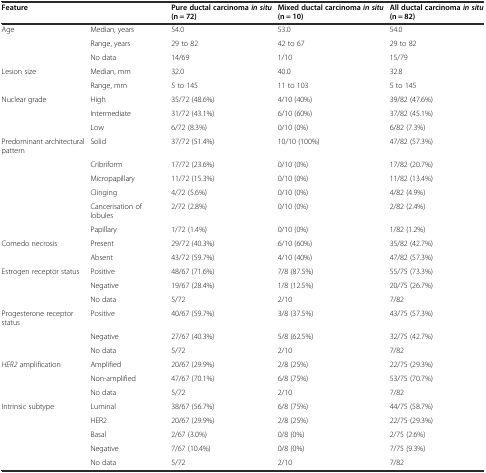
<table><thead><tr><td colspan="2"><b>Feature</b></td><td><b>Pure ductal carcinoma<i>in situ</i>(n = 72)</b></td><td><b>Mixed ductal carcinoma<i>in situ</i>(n = 10)</b></td><td><b>All ductal carcinoma<i>in situ</i>(n = 82)</b></td></tr></thead><tbody><tr><td>Age</td><td>Median, years</td><td>54.0</td><td>53.0</td><td>54.0</td></tr><tr><td></td><td>Range, years</td><td>29 to 82</td><td>42 to 67</td><td>29 to 82</td></tr><tr><td></td><td>No data</td><td>14/69</td><td>1/10</td><td>15/79</td></tr><tr><td>Lesion size</td><td>Median, mm</td><td>32.0</td><td>40.0</td><td>32.8</td></tr><tr><td></td><td>Range, mm</td><td>5 to 145</td><td>11 to 103</td><td>5 to 145</td></tr><tr><td>Nuclear grade</td><td>High</td><td>35/72 (48.6%)</td><td>4/10 (40%)</td><td>39/82 (47.6%)</td></tr><tr><td></td><td>Intermediate</td><td>31/72 (43.1%)</td><td>6/10 (60%)</td><td>37/82 (45.1%)</td></tr><tr><td></td><td>Low</td><td>6/72 (8.3%)</td><td>0/10 (0%)</td><td>6/82 (7.3%)</td></tr><tr><td>Predominant architectural pattern</td><td>Solid</td><td>37/72 (51.4%)</td><td>10/10 (100%)</td><td>47/82 (57.3%)</td></tr><tr><td></td><td>Cribriform</td><td>17/72 (23.6%)</td><td>0/10 (0%)</td><td>17/82 (20.7%)</td></tr><tr><td></td><td>Micropapillary</td><td>11/72 (15.3%)</td><td>0/10 (0%)</td><td>11/82 (13.4%)</td></tr><tr><td></td><td>Clinging</td><td>4/72 (5.6%)</td><td>0/10 (0%)</td><td>4/82 (4.9%)</td></tr><tr><td></td><td>Cancerisation of lobules</td><td>2/72 (2.8%)</td><td>0/10 (0%)</td><td>2/82 (2.4%)</td></tr><tr><td></td><td>Papillary</td><td>1/72 (1.4%)</td><td>0/10 (0%)</td><td>1/82 (1.2%)</td></tr><tr><td>Comedo necrosis</td><td>Present</td><td>29/72 (40.3%)</td><td>6/10 (60%)</td><td>35/82 (42.7%)</td></tr><tr><td></td><td>Absent</td><td>43/72 (59.7%)</td><td>4/10 (40%)</td><td>47/82 (57.3%)</td></tr><tr><td>Estrogen receptor status</td><td>Positive</td><td>48/67 (71.6%)</td><td>7/8 (87.5%)</td><td>55/75 (73.3%)</td></tr><tr><td></td><td>Negative</td><td>19/67 (28.4%)</td><td>1/8 (12.5%)</td><td>20/75 (26.7%)</td></tr><tr><td></td><td>No data</td><td>5/72</td><td>2/10</td><td>7/82</td></tr><tr><td>Progesterone receptor status</td><td>Positive</td><td>40/67 (59.7%)</td><td>3/8 (37.5%)</td><td>43/75 (57.3%)</td></tr><tr><td></td><td>Negative</td><td>27/67 (40.3%)</td><td>5/8 (62.5%)</td><td>32/75 (42.7%)</td></tr><tr><td></td><td>No data</td><td>5/72</td><td>2/10</td><td>7/82</td></tr><tr><td><i>HER2</i> amplification</td><td>Amplified</td><td>20/67 (29.9%)</td><td>2/8 (25%)</td><td>22/75 (29.3%)</td></tr><tr><td></td><td>Non-amplified</td><td>47/67 (70.1%)</td><td>6/8 (75%)</td><td>53/75 (70.7%)</td></tr><tr><td></td><td>No data</td><td>5/72</td><td>2/10</td><td>7/82</td></tr><tr><td>Intrinsic subtype</td><td>Luminal</td><td>38/67 (56.7%)</td><td>6/8 (75%)</td><td>44/75 (58.7%)</td></tr><tr><td></td><td>HER2</td><td>20/67 (29.9%)</td><td>2/8 (25%)</td><td>22/75 (29.3%)</td></tr><tr><td></td><td>Basal</td><td>2/67 (3.0%)</td><td>0/8 (0%)</td><td>2/75 (2.6%)</td></tr><tr><td></td><td>Negative</td><td>7/67 (10.4%)</td><td>0/8 (0%)</td><td>7/75 (9.3%)</td></tr><tr><td></td><td>No data</td><td>5/72</td><td>2/10</td><td>7/82</td></tr></tbody></table>